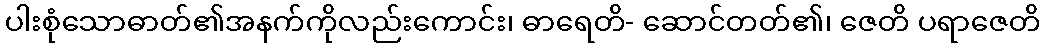
ပါးစုံသောဓာတ်၏အနက်ကိုလည်းကောင်း၊ ဓာရေတိ- ဆောင်တတ်၏၊ ဇေတိ ပရာဇေတိ